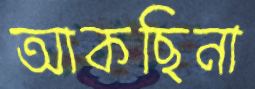
আকছিনা